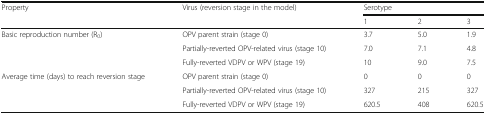
<table><thead><tr><td rowspan="2"><b>Property</b></td><td rowspan="2"><b>Virus (reversion stage in the model)</b></td><td colspan="3"><b>Serotype</b></td></tr><tr><td><b>1</b></td><td><b>2</b></td><td><b>3</b></td></tr></thead><tbody><tr><td rowspan="3">Basic reproduction number (R<sub>0</sub>)</td><td>OPV parent strain (stage 0)</td><td>3.7</td><td>5.0</td><td>1.9</td></tr><tr><td>Partially-reverted OPV-related virus (stage 10)</td><td>7.0</td><td>7.1</td><td>4.8</td></tr><tr><td>Fully-reverted VDPV or WPV (stage 19)</td><td>10</td><td>9.0</td><td>7.5</td></tr><tr><td rowspan="3">Average time (days) to reach reversion stage</td><td>OPV parent strain (stage 0)</td><td>0</td><td>0</td><td>0</td></tr><tr><td>Partially-reverted OPV-related virus (stage 10)</td><td>327</td><td>215</td><td>327</td></tr><tr><td>Fully-reverted VDPV or WPV (stage 19)</td><td>620.5</td><td>408</td><td>620.5</td></tr></tbody></table>